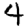
Digit: 4